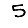
Digit: 5